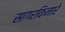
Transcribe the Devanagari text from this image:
सागरकिनारे